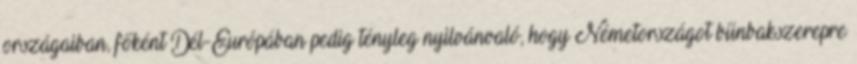
országaiban, főként Dél-Európában pedig tényleg nyilvánvaló, hogy Németországot bűnbakszerepre